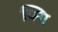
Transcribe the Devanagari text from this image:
फ्गि